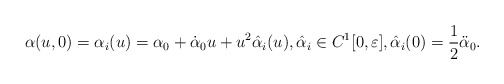
\begin{align*} \alpha(u,0)=\alpha_i(u)=\alpha_0+\dot{\alpha}_0u+u^2\hat{\alpha}_i(u),\hat{\alpha}_i\in C^1[0,\varepsilon],\hat{\alpha}_i(0)=\frac{1}{2}\ddot{\alpha}_0.\end{align*}